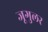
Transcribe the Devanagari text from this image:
जूगुलर